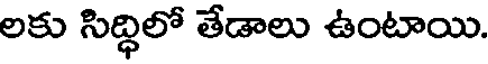
లకు సిద్ధిలో తేడాలు ఉంటాయి.